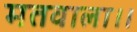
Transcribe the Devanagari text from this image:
मतवाला।।